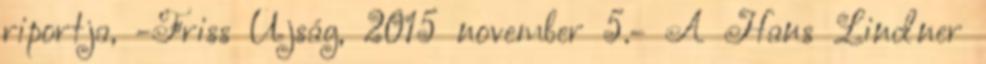
riportja, -Friss Újság, 2015 november 5.- A Hans Lindner